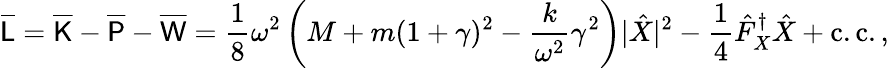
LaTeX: \overline{{\mathsf{L}}}=\overline{{\mathsf{K}}}-\overline{{\mathsf{P}}}-\overline{{\mathsf{W}}}=\frac{1}{8}\omega^{2}\left(M+m(1+\gamma)^{2}-\frac{k}{\omega^{2}}\gamma^{2}\right)|\hat{X}|^{2}-\frac{1}{4}\hat{F}_{X}^{\dagger}\hat{X}+\mathrm{c.c.}\, ,